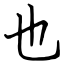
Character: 也